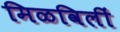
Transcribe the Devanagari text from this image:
मिळविलीं